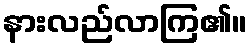
နားလည်လာကြ၏။